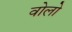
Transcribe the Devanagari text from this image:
वोलो